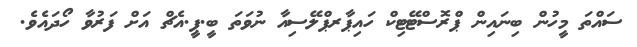
ސައްތަ މީހުން ބިނައިން ޕްރޮސްޓޭޓިކް ހައިޕާރޕްލޭސިއާ ނުވަތަ ބީ.ޕީ.އެޗް އަށް ފަރުވާ ހޯދައެވެ.